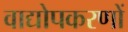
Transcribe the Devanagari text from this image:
वाद्योपकरणों